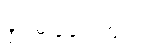
ခွင့်မပြုခဲ့ပါဘူး။